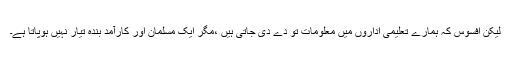
لیکن افسوس کہ ہمارے تعلیمی اداروں میں معلومات تو دے دی جاتی ہیں ،مگر ایک مسلمان اور کارآمد بندہ تیار نہیں ہوپاتا ہے۔